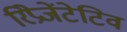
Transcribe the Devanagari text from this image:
रिप्रेजेंटेटिव